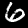
Digit: 6